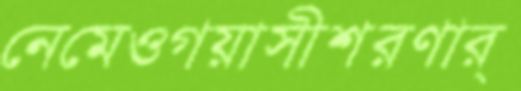
নেমেওগয়াসীশরণার্